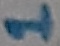
Text: 1